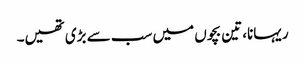
ریہانا، تین بچوں میں سب سے بڑی تھیں۔